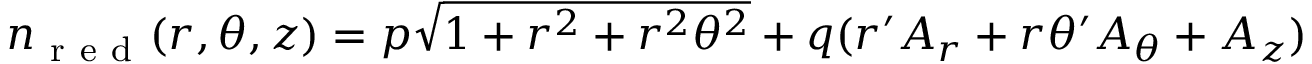
n _ { \mathrm { ~ r ~ e ~ d ~ } } ( r , \theta , z ) = p \sqrt { 1 + r ^ { 2 } + r ^ { 2 } \theta ^ { 2 } } + q ( r ^ { \prime } A _ { r } + r \theta ^ { \prime } A _ { \theta } + A _ { z } )